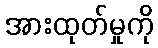
အားထုတ်မှုကို